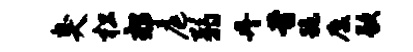
臭松郊庭弱丹昔跪麋歇